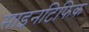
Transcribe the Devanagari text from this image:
साइनटिफिक